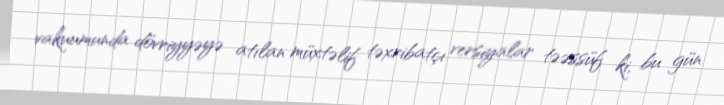
vakuumunda dövriyyəyə atılan müxtəlif təxribatçı versiyalar təəssüf ki, bu gün